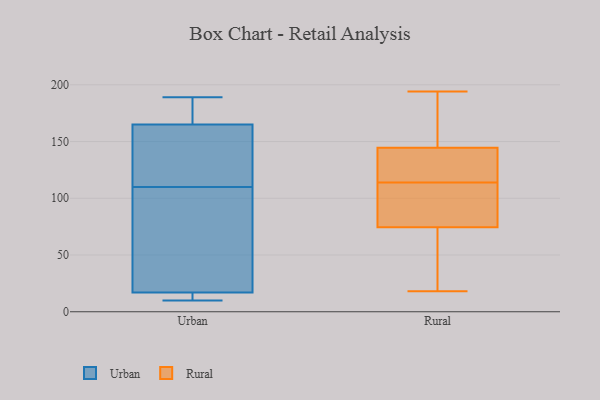
{"axis": {"x": "Shipments", "y": "Value"}, "legend": ["Rural", "Urban"], "data": [{"x": "", "y": 104, "type": "Urban"}, {"x": "", "y": 189, "type": "Urban"}, {"x": "", "y": 165, "type": "Urban"}, {"x": "", "y": 17, "type": "Urban"}, {"x": "", "y": 10, "type": "Urban"}, {"x": "", "y": 86, "type": "Urban"}, {"x": "", "y": 13, "type": "Urban"}, {"x": "", "y": 134, "type": "Urban"}, {"x": "", "y": 116, "type": "Urban"}, {"x": "", "y": 175, "type": "Urban"}, {"x": "", "y": 56, "type": "Rural"}, {"x": "", "y": 147, "type": "Rural"}, {"x": "", "y": 107, "type": "Rural"}, {"x": "", "y": 125, "type": "Rural"}, {"x": "", "y": 192, "type": "Rural"}, {"x": "", "y": 120, "type": "Rural"}, {"x": "", "y": 172, "type": "Rural"}, {"x": "", "y": 63, "type": "Rural"}, {"x": "", "y": 116, "type": "Rural"}, {"x": "", "y": 94, "type": "Rural"}, {"x": "", "y": 48, "type": "Rural"}, {"x": "", "y": 142, "type": "Rural"}, {"x": "", "y": 194, "type": "Rural"}, {"x": "", "y": 81, "type": "Rural"}, {"x": "", "y": 81, "type": "Rural"}, {"x": "", "y": 18, "type": "Rural"}, {"x": "", "y": 134, "type": "Rural"}, {"x": "", "y": 112, "type": "Rural"}, {"x": "", "y": 180, "type": "Rural"}, {"x": "", "y": 68, "type": "Rural"}]}